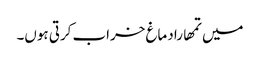
میں تمھارا دماغ خراب کرتی ہوں۔